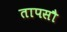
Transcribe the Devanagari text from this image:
तापसौ